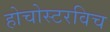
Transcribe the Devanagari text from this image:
होचोस्टरविच